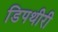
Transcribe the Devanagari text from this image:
डिपथीरी